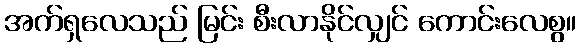
အက်ရှလေသည် မြင်း စီးလာနိုင်လျှင် ကောင်းလေစွ။